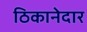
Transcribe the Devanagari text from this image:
ठिकानेदार